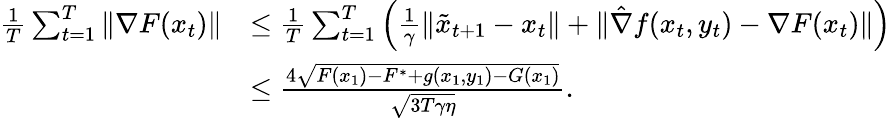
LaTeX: \begin{array}{rl}{\frac{1}{T}\sum_{t=1}^{T}\| \nabla F(x_{t})\| }&{\leq\frac{1}{T}\sum_{t=1}^{T}\Big(\frac{1}{\gamma}\| \tilde{x}_{t+1}-x_{t}\| +\| \hat{\nabla}f(x_{t},y_{t})-\nabla F(x_{t})\| \Big)}\\ &{\leq\frac{4\sqrt{F(x_{1})-F^{*}+g(x_{1},y_{1})-G(x_{1})}}{\sqrt{3T\gamma\eta}}.}\end{array}